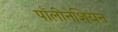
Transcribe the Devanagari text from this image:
पॉलीनेशियन